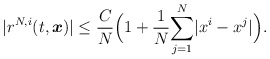
\begin{align*}|r^{N,i}(t,\boldsymbol{x})|\leq\frac{C}{N}\Big(1+\frac{1}{N}\underset{j=1}{\overset{N}\sum}|x^i-x^j|\Big).\end{align*}